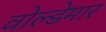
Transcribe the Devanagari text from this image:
वोल्डेमार